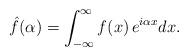
LaTeX: \begin{align*}\hat{f}(\alpha) = \int_{-\infty}^\infty f(x)\,e^{i\alpha x} dx.\end{align*}